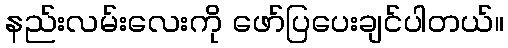
နည်းလမ်းလေးကို ဖော်ပြပေးချင်ပါတယ်။